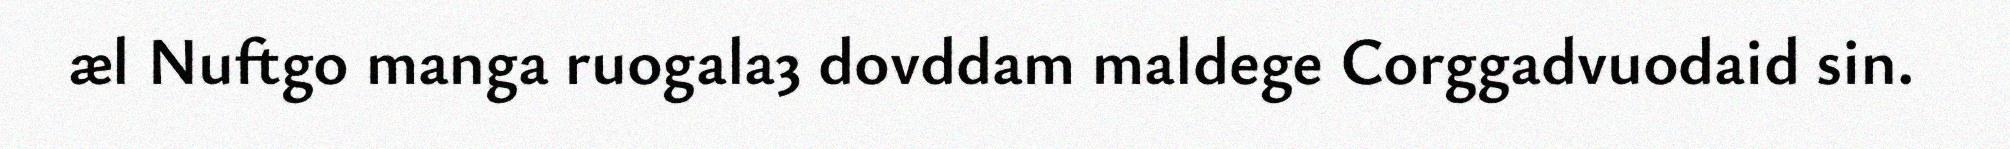
æl Nuftgo manga ruogala3 dovddam maldege Corggadvuodaid sin.